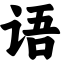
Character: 语